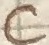
Text: C